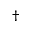
^ { \dag }